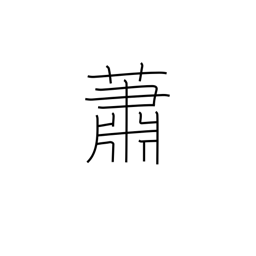
Meaning: calm